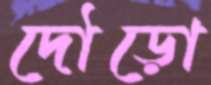
দৌড়ো